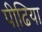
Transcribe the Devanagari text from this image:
पीढि़या